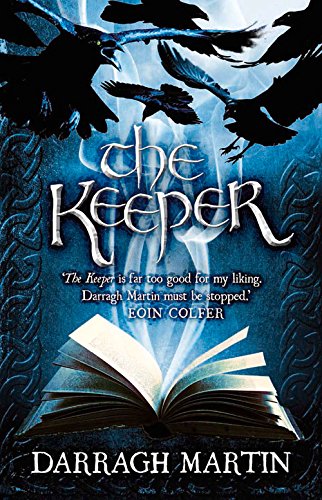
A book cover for The Keeper; Darragh Martin; Children's Books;